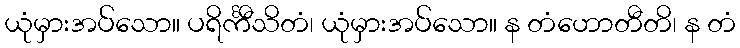
ယုံမှားအပ်သော။ ပရိင်္ကီသိတံ၊ ယုံမှားအပ်သော။ န တံဟောတီတိ၊ န တံ